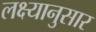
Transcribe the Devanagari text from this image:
लक्ष्यानुसार